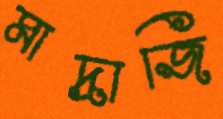
মাদ্রাজি